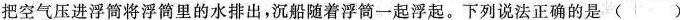
把空气压进浮筒将浮筒里的水排出，沉船随着浮筒一起浮起。下列说法正确的是( )